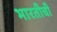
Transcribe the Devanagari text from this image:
भारतीची